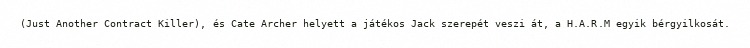
(Just Another Contract Killer), és Cate Archer helyett a játékos Jack szerepét veszi át, a H.A.R.M egyik bérgyilkosát.